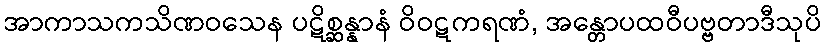
အာကာသကသိဏဝသေန ပဋိစ္ဆန္နာနံ ဝိဝဋကရဏံ, အန္တောပထဝီပဗ္ဗတာဒီသုပိ